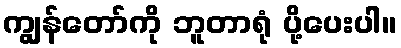
ကျွန်တော်ကို ဘူတာရုံ ပို့ပေးပါ။